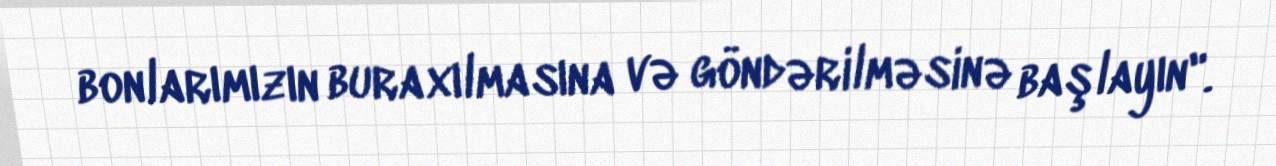
bonlarımızın buraxılmasına və göndərilməsinə başlayın".